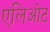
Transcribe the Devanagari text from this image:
एलिओट